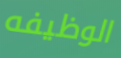
الوظيفه